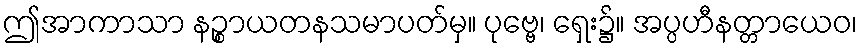
ဤအာကာသာ နဉ္စာယတနသမာပတ်မှ။ ပုဗ္ဗေ၊ ရှေး၌။ အပ္ပဟီနတ္တာယေဝ၊